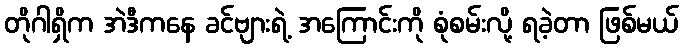
တိုဂါရှိက အဲဒီကနေ ခင်ဗျားရဲ့ အကြောင်းကို စုံစမ်းလို့ ရခဲ့တာ ဖြစ်မယ်